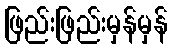
ဖြည်းဖြည်းမှန်မှန်